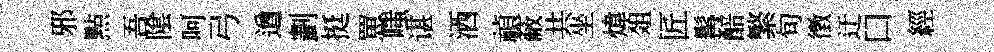
邪㸃吾隂呵弓遒劃挺罳嗤谌洒禎蔽共坐煒爼匠髯醅繁旬徴迂口經